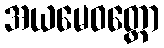
အယမေဝတ္ထော